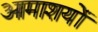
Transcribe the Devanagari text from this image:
आमाशयों